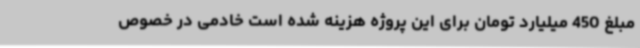
مبلغ 450 میلیارد تومان برای این پروژه هزینه شده است خادمی در خصوص